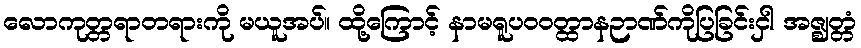
လောကုတ္တရာတရားကို မယူအပ်။ ထို့ကြောင့် နာမရူပဝဝတ္ထာနဉာဏ်ကိုပြခြင်းငှါ အဇ္ဈတ္တံ